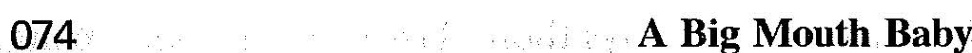
074 A Big Mouth Baby